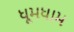
ધૂમધામ